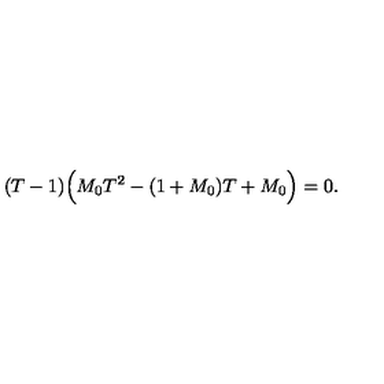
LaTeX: ( T - 1 ) \Bigl ( M _ { 0 } T ^ { 2 } - ( 1 + M _ { 0 } ) T + M _ { 0 } \Bigr ) = 0 .